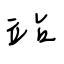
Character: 站